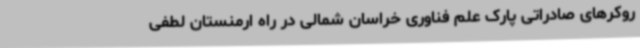
روکرهای صادراتی پارک علم فناوری خراسان شمالی در راه ارمنستان لطفی